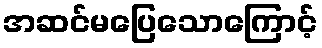
အဆင်မပြေသောကြောင့်